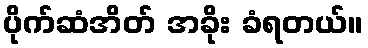
ပိုက်ဆံအိတ် အခိုး ခံရတယ်။